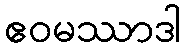
ဧဝမဿာဒါ